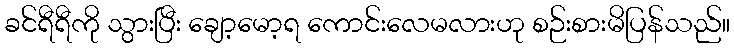
ခင်ရီရီကို သွားပြီး ချော့မော့ရ ကောင်းလေမလားဟု စဉ်းစားမိပြန်သည်။